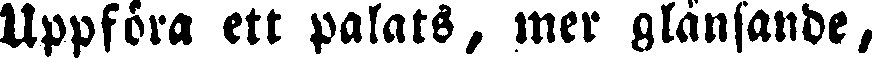
Uppföra ett palats, mer glänsande,